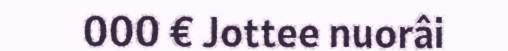
000 € Jottee nuorâi